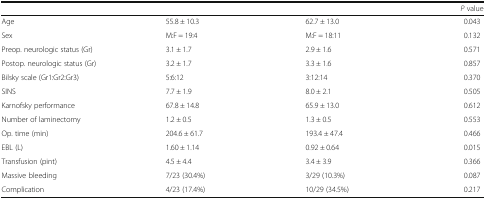
<table><thead><tr><td>[EMPTY_CELL]</td><td>[EMPTY_CELL]</td><td>[EMPTY_CELL]</td><td><b><i>P</i> value</b></td></tr></thead><tbody><tr><td>Age</td><td>55.8 ± 10.3</td><td>62.7 ± 13.0</td><td>0.043</td></tr><tr><td>Sex</td><td>M:F = 19:4</td><td>M:F = 18:11</td><td>0.132</td></tr><tr><td>Preop. neurologic status (Gr)</td><td>3.1 ± 1.7</td><td>2.9 ± 1.6</td><td>0.571</td></tr><tr><td>Postop. neurologic status (Gr)</td><td>3.2 ± 1.7</td><td>3.3 ± 1.6</td><td>0.857</td></tr><tr><td>Bilsky scale (Gr1:Gr2:Gr3)</td><td>5:6:12</td><td>3:12:14</td><td>0.370</td></tr><tr><td>SINS</td><td>7.7 ± 1.9</td><td>8.0 ± 2.1</td><td>0.505</td></tr><tr><td>Karnofsky performance</td><td>67.8 ± 14.8</td><td>65.9 ± 13.0</td><td>0.612</td></tr><tr><td>Number of laminectomy</td><td>1.2 ± 0.5</td><td>1.3 ± 0.5</td><td>0.553</td></tr><tr><td>Op. time (min)</td><td>204.6 ± 61.7</td><td>193.4 ± 47.4</td><td>0.466</td></tr><tr><td>EBL (L)</td><td>1.60 ± 1.14</td><td>0.92 ± 0.64</td><td>0.015</td></tr><tr><td>Transfusion (pint)</td><td>4.5 ± 4.4</td><td>3.4 ± 3.9</td><td>0.366</td></tr><tr><td>Massive bleeding</td><td>7/23 (30.4%)</td><td>3/29 (10.3%)</td><td>0.087</td></tr><tr><td>Complication</td><td>4/23 (17.4%)</td><td>10/29 (34.5%)</td><td>0.217</td></tr></tbody></table>